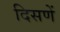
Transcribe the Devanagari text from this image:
दिसणें